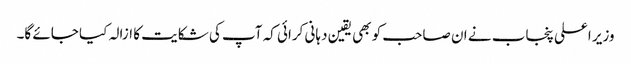
وزیر اعلی پنجاب نے ان صاحب کو بھی یقین دہانی کرائی کہ آپ کی شکایت کا ازالہ کیا جائے گا۔